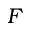
F